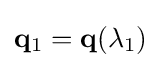
\mathbf {q} _{1}=\mathbf {q} (\lambda _{1})